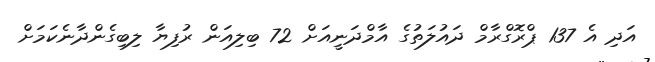
އަދި އެ 137 ޕްރޮގްރާމް ދައުލަތުގެ އާމްދަނީއަށް 72 ބިލިއަން ރުފިޔާ ލިބިގެންދާނެކަމަށް